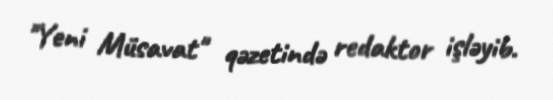
"Yeni Müsavat" qəzetində redaktor işləyib.